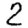
Digit: 2